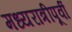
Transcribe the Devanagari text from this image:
मध्यरात्रीपूर्वी